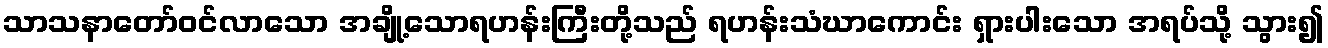
သာသနာတော်ဝင်လာသော အချို့သောရဟန်းကြီးတို့သည် ရဟန်းသံဃာကောင်း ရှားပါးသော အရပ်သို့ သွား၍